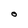
Character: O